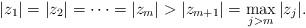
LaTeX: \begin{align*} |z_1|=|z_2|=\cdots=|z_m|>|z_{m+1}|=\max_{j>m}|z_j|. \end{align*}